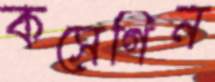
কসেগিন